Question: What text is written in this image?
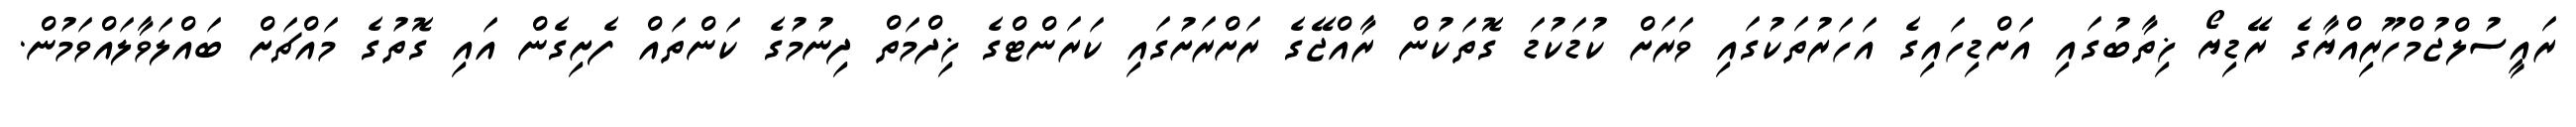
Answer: ރައީސުލްޖުމްހޫރިއްޔާގެ ރޭޑިޔޯ ޚިތާބުގައި އަށްޑިހައިގެ އަހަރުތަކުގައި ވަރަށް ކުޑަކުޑަ ގޮތަކުން ރާއްޖޭގެ ރަށްރަށުގައި ކަރަންޓްގެ ޚިދްމަތް ދިނުމުގެ ކަންތައް ފެށިގެން އައި ގޮތުގެ މައްޗަށް ބައްލަވާލައްވަމުން.